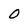
Character: O